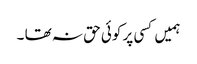
ہمیں کسی پر کوئی حق نہ تھا ۔